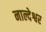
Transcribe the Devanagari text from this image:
नाल्देश्वर